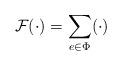
LaTeX: \begin{align*} \mathcal F(\cdot) = \sum_{e\in\Phi}(\cdot)\end{align*}